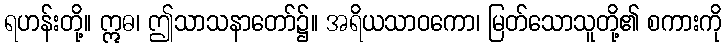
ရဟန်းတို့။ ဣဓ၊ ဤသာသနာတော်၌။ အရိယသာဝကော၊ မြတ်သောသူတို့၏ စကားကို